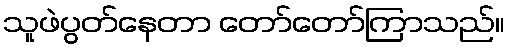
သူဖဲပွတ်နေတာ တော်တော်ကြာသည်။